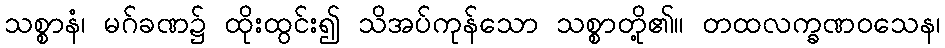
သစ္စာနံ၊ မဂ်ခဏ၌ ထိုးထွင်း၍ သိအပ်ကုန်သော သစ္စာတို့၏။ တထလက္ခဏဝသေန၊